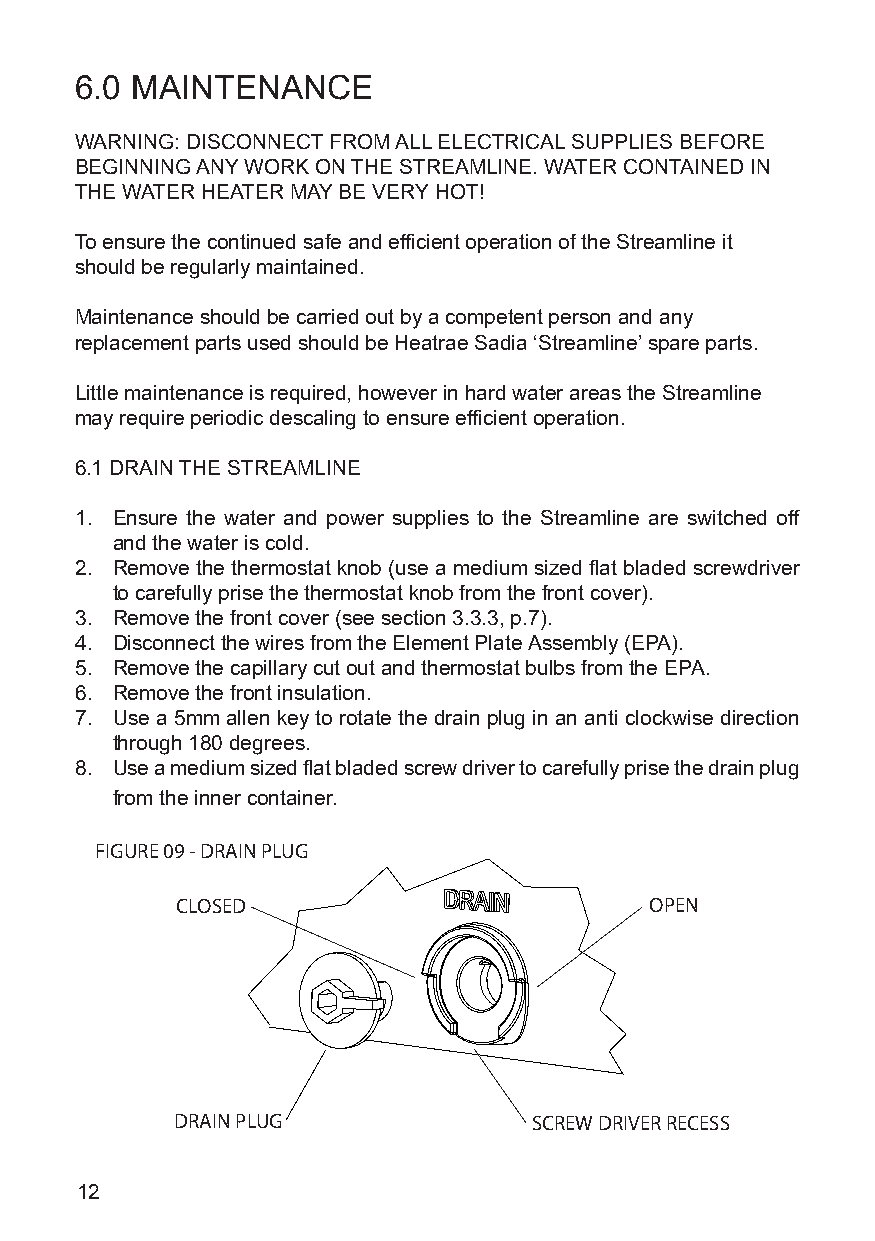
6.0 MAINTENANCE
 WARNING: DISCONNECT FROM ALL ELECTRICAL SUPPLIES BEFORE
 BEGINNING ANY WORK ON THE STREAMLINE. WATER CONTAINED IN
 THE WATER HEATER MAY BE VERY HOT!
 To ensure the continued safe and efficient operation of the Streamline it
 should be regularly maintained.
 Maintenance should be carried out by a competent person and any
 replacement parts used should be Heatrae Sadia ‘Streamline’ spare parts.
 Little maintenance is required, however in hard water areas the Streamline
 may require periodic descaling to ensure efficient operation.
 6.1 DRAIN THE STREAMLINE
 1. Ensure the water and power supplies to the Streamline are switched off
 and the water is cold.
 2. Remove the thermostat knob (use a medium sized flat bladed screwdriver
 to carefully prise the thermostat knob from the front cover).
 3. Remove the front cover (see section 3.3.3, p.7).
 4. Disconnect the wires from the Element Plate Assembly (EPA).
 5. Remove the capillary cut out and thermostat bulbs from the EPA.
 6. Remove the front insulation.
 7. Use a 5mm allen key to rotate the drain plug in an anti clockwise direction
 through 180 degrees.
 8. Use a medium sized flat bladed screw driver to carefully prise the drain plug
 from the inner container.
 FIGURE 09 - DRAIN PLUG
 CLOSED                         OPEN
 DRAIN PLUG             SCREW DRIVER RECESS
 12